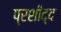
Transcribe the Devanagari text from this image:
प्रशीद्द